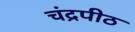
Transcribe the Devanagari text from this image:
चंद्रपीठ